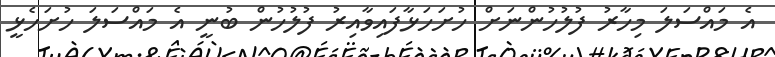
އެ މައްސަލަ މިހާރު ފުލުހުންނަށް ހުށަހަޅާފައިވާއިރު ފުލުހުން ބުނީ އެ މައްސަލަ ހުށަހެޅީ